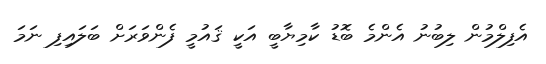
އެފިލްމުން ލިބުނު އެންމެ ބޮޑު ކާމިޔާބީ އަކީ ޤައުމީ ފެންވަރަށް ބަލައިފި ނަމަ